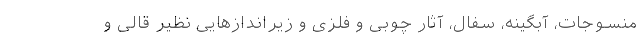
منسوجات، آبگینه، سفال، آثار چوبی و فلزی و زیراندازهایی نظیر قالی و